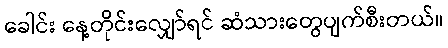
ခေါင်း နေ့တိုင်းလျှော်ရင် ဆံသားတွေပျက်စီးတယ်။